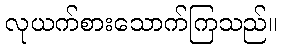
လုယက်စားသောက်ကြသည်။